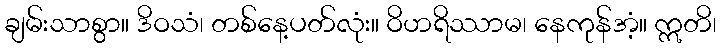
ချမ်းသာစွာ။ ဒိဝသံ၊ တစ်နေ့ပတ်လုံး။ ဝိဟရိဿာမ၊ နေကုန်အံ့။ ဣတိ၊